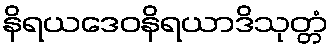
နိရယဒေဝနိရယာဒိသုတ္တံ